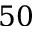
5 0